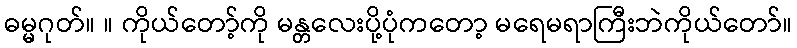
ဓမ္မဂုတ်။ ။ ကိုယ်တော့်ကို မန္တလေးပို့ပုံကတော့ မရေမရာကြီးဘဲကိုယ်တော်။